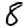
Digit: 8